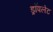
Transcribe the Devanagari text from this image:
ड्रॉपलेट